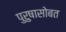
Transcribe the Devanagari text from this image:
पुरुषासोबत